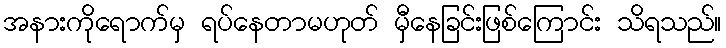
အနားကိုရောက်မှ ရပ်နေတာမဟုတ် မှီနေခြင်းဖြစ်ကြောင်း သိရသည်။